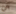
عن